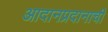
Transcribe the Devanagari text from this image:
आदानप्रदानाची